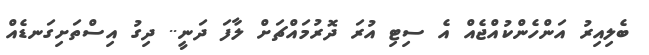
ބެލިއިރު އަންހެންކުއްޖެއް އެ ސިޓި އުރަ ދޮރުމައްޗަށް ލާފަ ދަނީ.. ދިގު އިސްތަށިގަނޑެއް